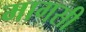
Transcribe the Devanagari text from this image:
मागसी